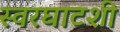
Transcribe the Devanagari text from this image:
स्वरघाटशी